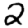
Digit: 2